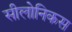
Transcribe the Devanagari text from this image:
सीलोनिकस